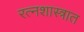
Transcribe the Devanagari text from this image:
रत्नशास्त्रात